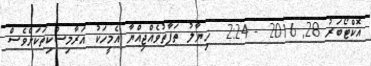
އޮކްޓޯބަރު 28